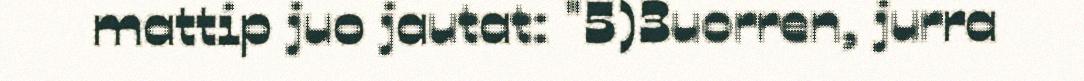
mattip juo jautat: "5)3uorren, jurra